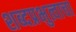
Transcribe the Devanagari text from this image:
शब्दप्रभुत्वाचा